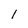
Character: 1